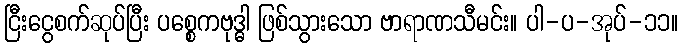
ငြီးငွေစက်ဆုပ်ပြီး ပစ္စေကဗုဒ္ဓါ ဖြစ်သွားသော ဗာရာဏသီမင်း။ ပါ-ပ-အုပ်-၁၁။